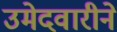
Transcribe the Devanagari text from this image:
उमेदवारीने